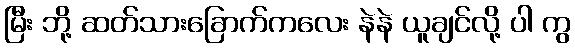
မြီး ဘို့ ဆတ်သားခြောက်ကလေး နဲနဲ ယူချင်လို့ ပါ ကွ